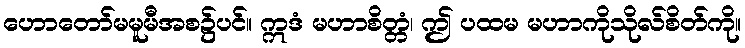
ဟောတော်မမူမီအစ၌ပင်။ ဣဒံ မဟာစိတ္တံ၊ ဤ ပထမ မဟာကိုသိုလ်စိတ်ကို။